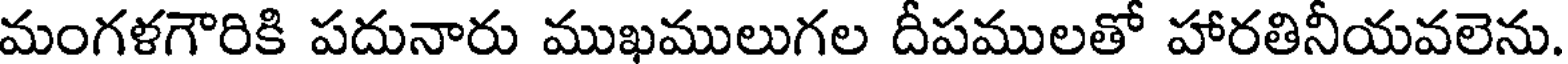
మంగళగౌరికి పదునారు ముఖములుగల దీపములతో హారతినీయవలెను